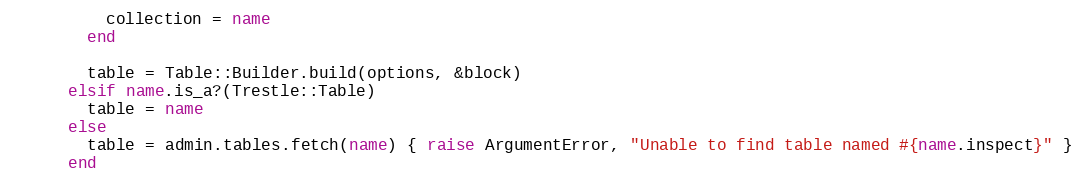
Language: Ruby
          collection = name
        end

        table = Table::Builder.build(options, &block)
      elsif name.is_a?(Trestle::Table)
        table = name
      else
        table = admin.tables.fetch(name) { raise ArgumentError, "Unable to find table named #{name.inspect}" }
      end